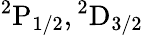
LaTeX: \mathrm{{}^{2}P_{1/2},{}^{2}D_{3/2}}